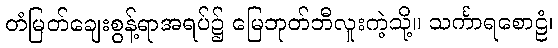
တံမြတ်ချေးစွန့်ရာအရပ်၌ မြေဘုတ်ဘီလူးကဲ့သို့။ သင်္ကာရစောဠံ၊